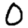
Digit: 0